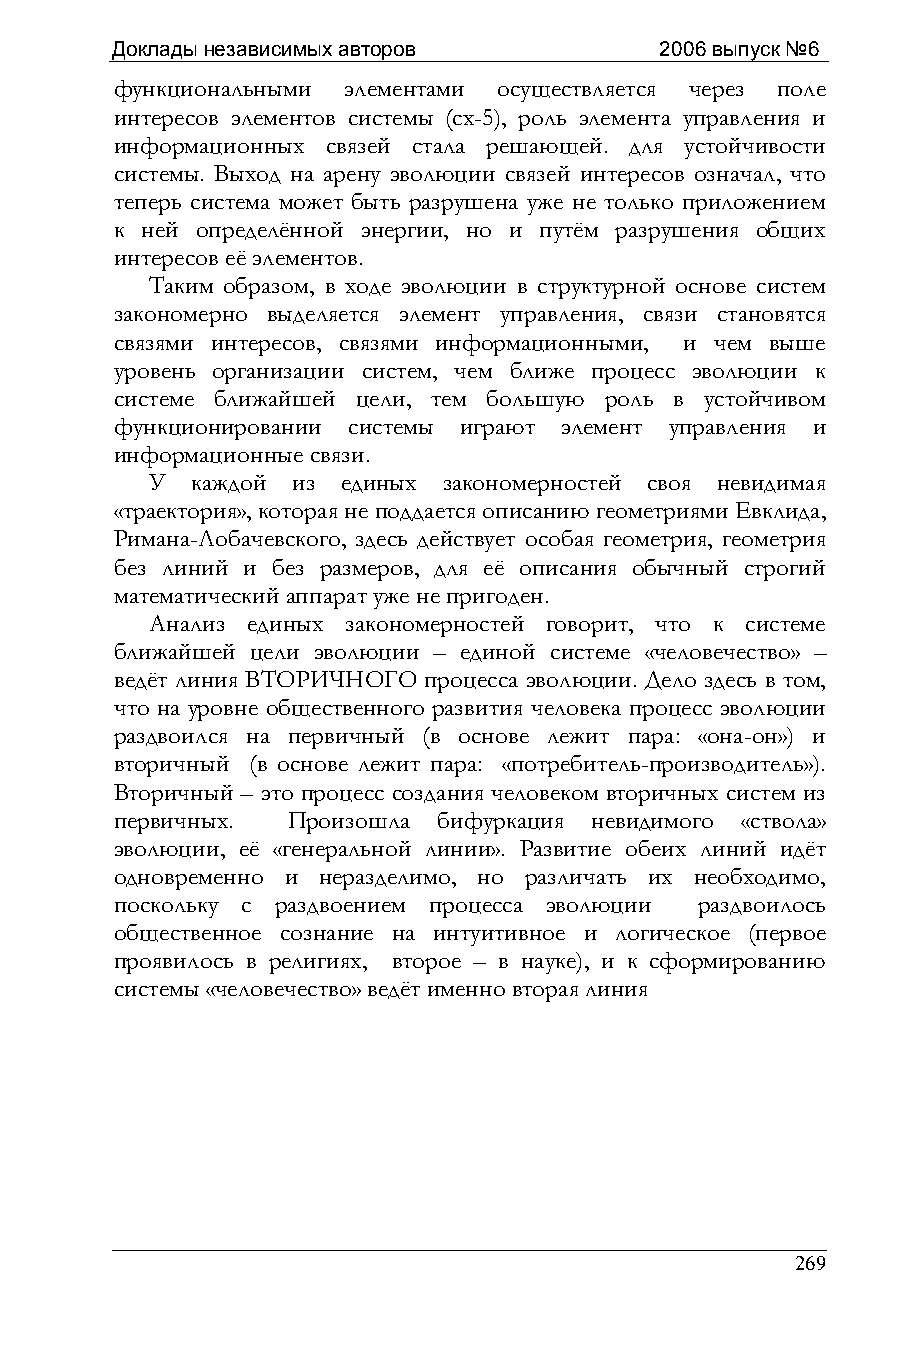
Доклады независимых авторов          2006 выпуск №6
 функциональными элементами осуществляется через поле
 интересов элементов системы (сх-5), роль элемента управления и
 информационных связей стала решающей. для устойчивости
 системы. Выход на арену эволюции связей интересов означал, что
 теперь система может быть разрушена уже не только приложением
 к ней определённой энергии, но и путём разрушения общих
 интересов её элементов.
 Таким образом, в ходе эволюции в структурной основе систем
 закономерно выделяется элемент управления, связи становятся
 связями интересов, связями информационными, и чем выше
 уровень организации систем, чем ближе процесс эволюции к
 системе ближайшей цели, тем большую роль в устойчивом
 функционировании системы играют элемент управления и
 информационные связи.
 У  каждой из единых закономерностей своя невидимая
 «траектория», которая не поддается описанию геометриями Евклида,
 Римана-Лобачевского, здесь действует особая геометрия, геометрия
 без линий и без размеров, для её описания обычный строгий
 математический аппарат уже не пригоден.
 Анализ единых закономерностей говорит, что к системе
 ближайшей цели эволюции – единой системе «человечество» –
 ведёт линия ВТОРИЧНОГО процесса эволюции. Дело здесь в том,
 что на уровне общественного развития человека процесс эволюции
 раздвоился на первичный (в основе лежит пара: «она-он») и
 вторичный (в основе лежит пара: «потребитель-производитель»).
 Вторичный – это процесс создания человеком вторичных систем из
 первичных. Произошла бифуркация невидимого «ствола»
 эволюции, её «генеральной линии». Развитие обеих линий идёт
 одновременно и неразделимо, но различать их необходимо,
 поскольку с раздвоением процесса эволюции раздвоилось
 общественное сознание на интуитивное и логическое (первое
 проявилось в религиях, второе – в науке), и к сформированию
 системы «человечество» ведёт именно вторая линия
 269